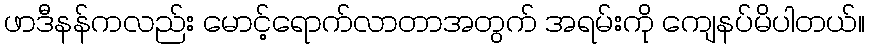
ဖာဒီနန်ကလည်း မောင့်ရောက်လာတာအတွက် အရမ်းကို ကျေနပ်မိပါတယ်။